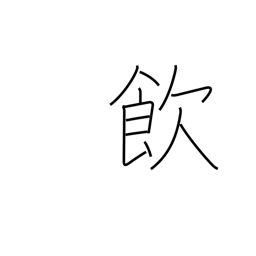
Meaning: take